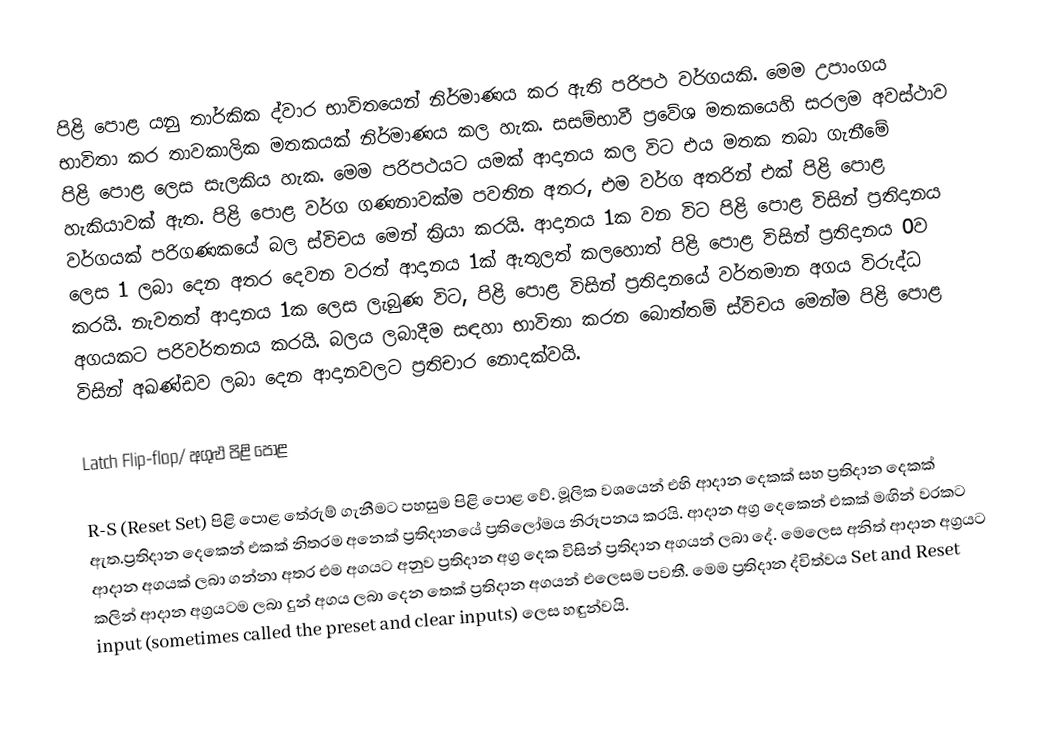
පිළි පොළ යනු තාර්කික ද්වාර භාවිතයෙන් නිර්මාණය කර ඇති පරිපථ වර්ගයකි. මෙම උපාංගය භාවිතා කර තාවකාලික මතකයක් නිර්මාණය කල හැක. සසම්භාවී ප්‍රවේශ මතකයෙහි සරලම අවස්ථාව පිළි පොළ ලෙස සැලකිය හැක. මෙම පරිපථයට යමක් ආදානය කල විට එය මතක තබා ගැනීමේ හැකියාවක් ඇත. පිළි පොළ වර්ග ගණනාවක්ම පවතින අතර, එම වර්ග අතරින් එක් පිළි පොළ වර්ගයක් පරිගණකයේ බල ස්විචය මෙන් ක්‍රියා කරයි. ආදානය 1ක වන විට පිළි පොළ විසින් ප්‍රතිදානය ලෙස 1 ලබා දෙන අතර දෙවන වරත් ආදානය 1ක් ඇතුලත් කලහොත් පිළි පොළ විසින් ප්‍රතිදානය 0ව කරයි. නැවතත් ආදානය 1ක ලෙස ලැබුණ විට, පිළි පොළ විසින් ප්‍රතිදානයේ වර්තමාන අගය විරුද්ධ අගයකට පරිවර්තනය කරයි. බලය ලබාදීම සඳහා භාවිතා කරන බොත්තම් ස්විචය මෙන්ම පිළි පොළ විසින් අඛණ්ඩව ලබා දෙන ආදානවලට ප්‍රතිචාර නොදක්වයි.

Latch Flip-flop/ අගුළු පිළි පොළ

R-S (Reset Set) පිළි පොළ තේරුම් ගැනීමට පහසුම පිළි පොළ වේ. මූලික වශයෙන් එහි ආදාන දෙකක් සහ ප්‍රතිදාන දෙකක් ඇත.ප්‍රතිදාන දෙකෙන් එකක් නිතරම අනෙක් ප්‍රතිදානයේ ප්‍රතිලෝමය නිරූපනය කරයි. ආදාන අග්‍ර දෙකෙන් එකක් මඟින් වරකට ආදාන අගයක් ලබා ගන්නා අතර එම අගයට අනුව ප්‍රතිදාන අග්‍ර දෙක විසින් ප්‍රතිදාන අගයන් ලබා දේ. මෙලෙස අනිත් ආදාන අග්‍රයට කලින් ආදාන අග්‍රයටම ලබා දුන් අගය ලබා දෙන තෙක් ප්‍රතිදාන අගයන් එලෙසම පවතී. මෙම ප්‍රතිදාන ද්විත්වය Set and Reset input (sometimes called the preset and clear inputs) ලෙස හඳුන්වයි.